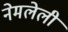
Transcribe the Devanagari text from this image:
नेमलेली